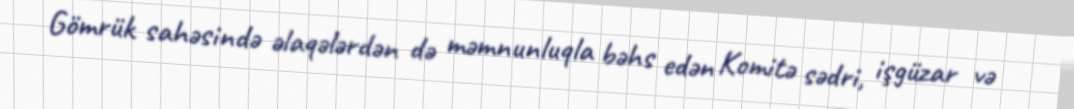
Gömrük sahəsində əlaqələrdən də məmnunluqla bəhs edən Komitə sədri, işgüzar və